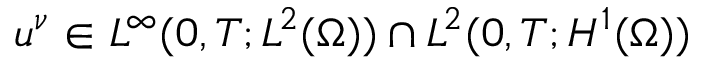
u ^ { \nu } \in L ^ { \infty } ( 0 , T ; L ^ { 2 } ( \Omega ) ) \cap L ^ { 2 } ( 0 , T ; H ^ { 1 } ( \Omega ) )